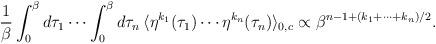
LaTeX: \begin{align*}\frac{1}{\beta}\int_0^{\beta}d\tau_1\cdots\int_0^{\beta}d\tau_n\,\langle\eta^{k_1}(\tau_1)\cdots\eta^{k_n}(\tau_n)\rangle_{0,c}\propto\beta^{n-1+(k_1+\cdots+k_n)/2}.\end{align*}